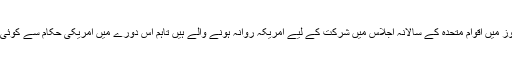
وزیر اعظم آئندہ چند روز میں اقوام متحدہ کے سالانہ اجلاس میں شرکت کے لیے امریکہ روانہ ہونے والے ہیں تاہم اس دورے میں امریکی حکام سے کوئی ملاقات طے نہیں ہے۔